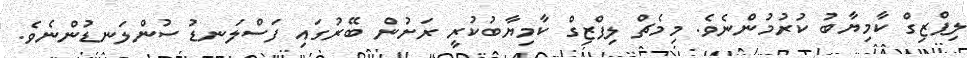
ލިޕްޒިގް ކާމިޔާބު ކުރުމުންނެވެ. މިމެޗް ލިޕްޒިގް ކާމިޔާބުކުރީ ރަށުން ބޭރުގައި ފަސްލަނޑު ސުންލަނޑުންނެވެ.